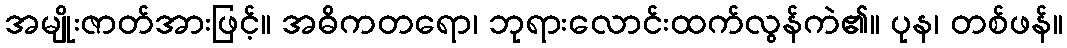
အမျိုးဇာတ်အားဖြင့်။ အဓိကတရော၊ ဘုရားလောင်းထက်လွန်ကဲ၏။ ပုန၊ တစ်ဖန်။